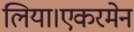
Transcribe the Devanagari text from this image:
लिया।एकरमेन